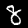
Label: 8